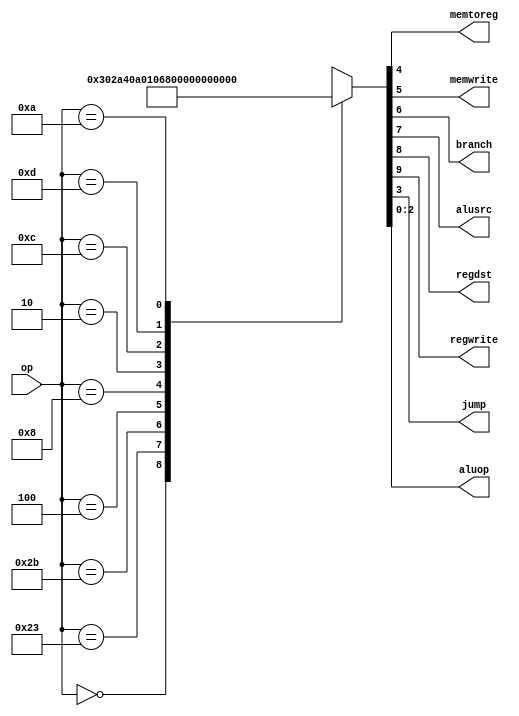
`timescale 1ns / 1ps

//main decoder
module maindec(op, memtoreg, memwrite, branch, alusrc, regdst, regwrite, jump, aluop);
  input [5:0] op;
  output memtoreg, memwrite, branch, alusrc, regdst, regwrite, jump;
  output [2:0] aluop;
  
  reg [10:0] controls;
  
  assign {regwrite, regdst, alusrc, branch, memwrite, memtoreg, jump, aluop} = controls;
  
  always @(*) begin
    case(op)
      6'b000000 : controls <= 10'b1100000010; //R-type
      6'b100011 : controls <= 10'b1010010000; //LW
      6'b101011 : controls <= 10'b0010100000; //SW
      6'b000100 : controls <= 10'b0001000001; //BEQ
      6'b001000 : controls <= 10'b1010000000; //ADDI
      6'b000010 : controls <= 10'b0000001000; //jump
      6'b001100 : controls <= 10'b1010000100; //ADNDI
      6'b001101 : controls <= 10'b1010000101; //ORI
      6'b001010 : controls <= 10'b1010000110; //SLTI
      default : controls <= 10'bxxxxxxxxxx; //INVALID
    endcase
  end
endmodule